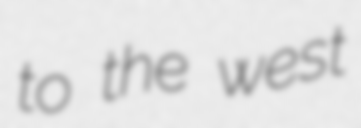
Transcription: to the west